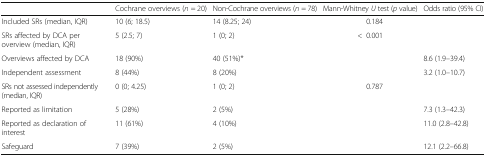
<table><thead><tr><td></td><td><b>Cochrane overviews (<i>n</i> = 20)</b></td><td><b>Non-Cochrane overviews (<i>n</i> = 78)</b></td><td><b>Mann-Whitney <i>U</i> test (<i>p</i> value)</b></td><td><b>Odds ratio (95% CI)</b></td></tr></thead><tbody><tr><td>Included SRs (median, IQR)</td><td>10 (6; 18.5)</td><td>14 (8.25; 24)</td><td>0.184</td><td></td></tr><tr><td>SRs affected by DCA per overview (median, IQR)</td><td>5 (2.5; 7)</td><td>1 (0; 2)</td><td>&lt;0.001</td><td></td></tr><tr><td>Overviews affected by DCA</td><td>18 (90%)</td><td>40 (51%)*</td><td></td><td>8.6 (1.9–39.4)</td></tr><tr><td>Independent assessment</td><td>8 (44%)</td><td>8 (20%)</td><td></td><td>3.2 (1.0–10.7)</td></tr><tr><td>SRs not assessed independently (median, IQR)</td><td>0 (0; 4.25)</td><td>1 (0; 2)</td><td>0.787</td><td></td></tr><tr><td>Reported as limitation</td><td>5 (28%)</td><td>2 (5%)</td><td></td><td>7.3 (1.3–42.3)</td></tr><tr><td>Reported as declaration of interest</td><td>11 (61%)</td><td>4 (10%)</td><td></td><td>11.0 (2.8–42.8)</td></tr><tr><td>Safeguard</td><td>7 (39%)</td><td>2 (5%)</td><td></td><td>12.1 (2.2–66.8)</td></tr></tbody></table>